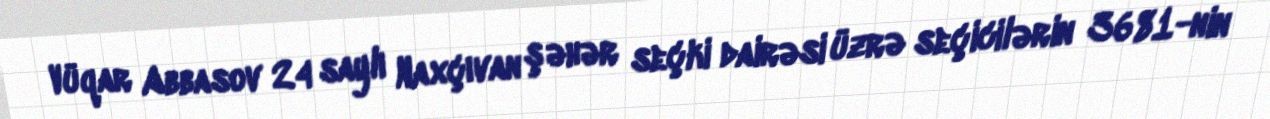
Vüqar Abbasov 24 saylı Naxçıvan şəhər seçki dairəsi üzrə seçicilərin 3681-nin